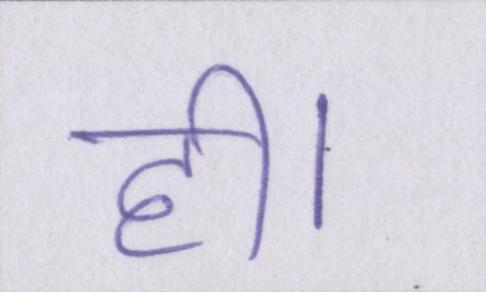
ही।